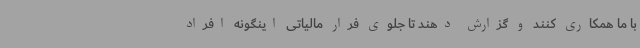
با ما همکاری کنند و گزارش دهند تا جلوی فرار مالیاتی اینگونه افراد